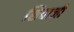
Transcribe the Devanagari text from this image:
शिबाजी